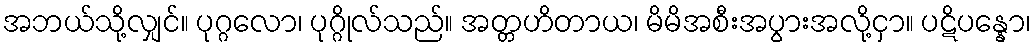
အဘယ်သို့လျှင်။ ပုဂ္ဂလော၊ ပုဂ္ဂိုလ်သည်။ အတ္တဟိတာယ၊ မိမိအစီးအပွားအလို့ငှာ။ ပဋိပန္နော၊